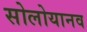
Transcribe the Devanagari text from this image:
सोलोयानव